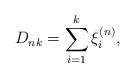
LaTeX: \begin{align*} D_{nk} = \sum_{i=1}^k \xi_i^{(n)},\end{align*}